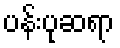
ပန်းပုဆရာ